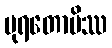
ပုရတောပိဿ